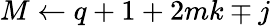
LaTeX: M\leftarrow q+1+2mk\mp j